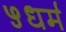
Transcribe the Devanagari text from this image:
५धर्म